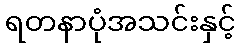
ရတနာပုံအသင်းနှင့်